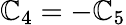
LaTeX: \mathbb{C}_{4}=-\mathbb{C}_{5}